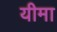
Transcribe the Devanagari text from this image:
यीमा